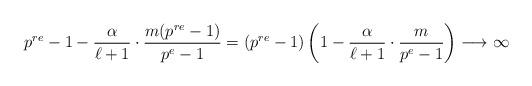
LaTeX: \begin{align*} p^{re} - 1 - \frac{\alpha}{\ell+1} \cdot \frac{m(p^{re}-1)}{p^e-1} = (p^{re} - 1)\left( 1 - \frac{\alpha}{\ell+1} \cdot \frac{m}{p^e-1} \right) \longrightarrow \infty \end{align*}